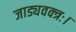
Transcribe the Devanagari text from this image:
जाड्यवक्त्रः।